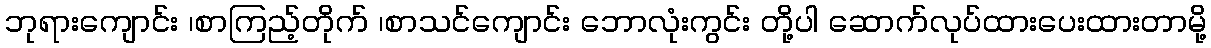
ဘုရားကျောင်း ၊စာကြည့်တိုက် ၊စာသင်ကျောင်း ဘောလုံးကွင်း တို့ပါ ဆောက်လုပ်ထားပေးထားတာမို့